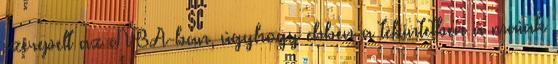
szerepelt az NBA-ban, úgyhogy ebben a tekintetben a maiak